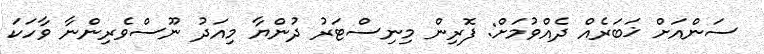
ސަންއަށް ޚަބަރެއް ދެއްވުމަށް: ފޮރިން މިނިސްޓަރު ދުންޔާ މިއަދު ނޫސްވެރިންނާ ވާހަކަ